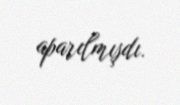
aparılmışdı.